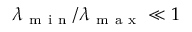
\lambda _ { \mathrm { ~ m ~ i ~ n ~ } } / \lambda _ { \mathrm { ~ m ~ a ~ x ~ } } \ll 1